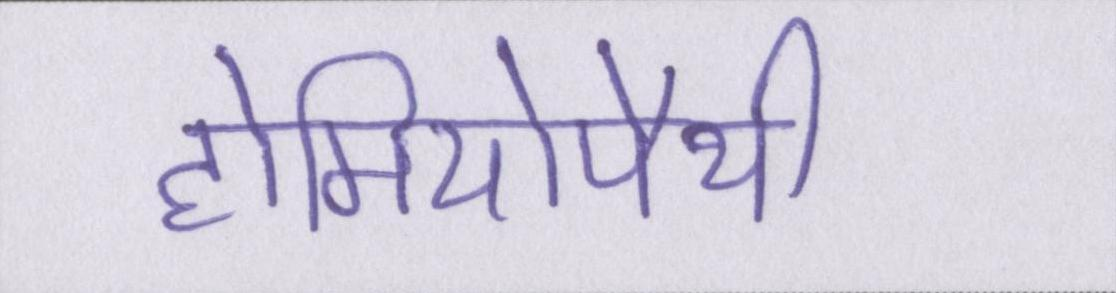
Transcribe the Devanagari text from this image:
होमियोपैथी